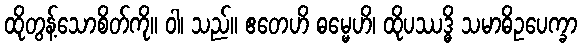
ထိုတွန့်သောစိတ်ကို။ ဝါ၊ သည်။ ဧတေဟိ ဓမ္မေဟိ၊ ထိုပဿဒ္ဓိ သမာဓိဥပေက္ခာ